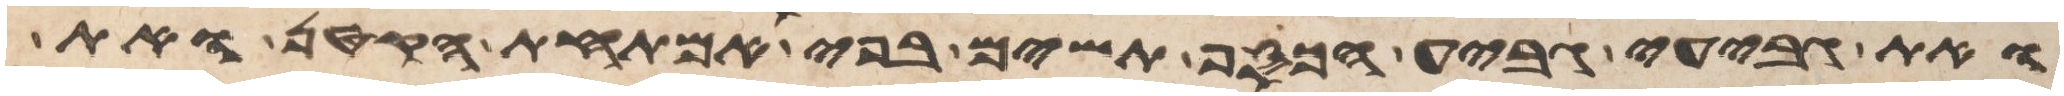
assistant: ואת גביע גביע הכסף תשים בפי אמתחת הקטן ואת